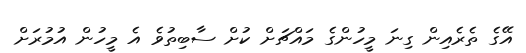
އޭގެ ތެރެއިން ގިނަ މީހުންގެ މައްޗަށް ކުށް ސާބިތުވެ އެ މީހުން އުމުރަށް